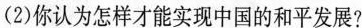
”习近平总书记指出，走和平发展道路，是中华民族优秀